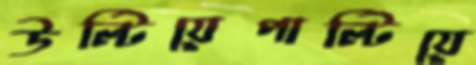
উল্টিয়েপাল্টিয়ে